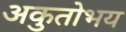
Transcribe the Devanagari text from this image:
अकुतोभय